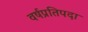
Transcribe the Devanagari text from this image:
वर्षप्रतिपदा